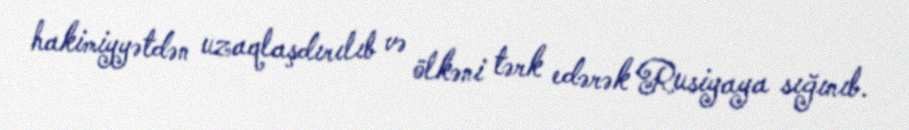
hakimiyyətdən uzaqlaşdırılıb və ölkəni tərk edərək Rusiyaya sığınıb.